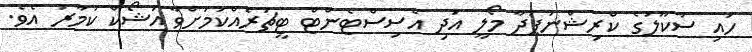
ހައި ސުކޫލުގެ ކްރިޝްނަޕަދާ މޯލީ އަދި އެސިސްޓެންޓް ޓީޗަރެއްކަމަށްވާ އަޝޯކް ކުމާރު އެވެ.